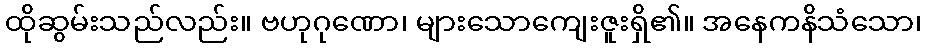
ထိုဆွမ်းသည်လည်း။ ဗဟုဂုဏော၊ များသောကျေးဇူးရှိ၏။ အနေကနိသံသော၊